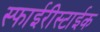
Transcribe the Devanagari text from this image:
स्फाईरीस्टाईक